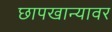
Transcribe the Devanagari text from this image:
छापखान्यावर